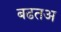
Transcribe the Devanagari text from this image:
बढतअ